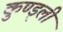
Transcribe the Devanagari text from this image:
कुण्ड्ली